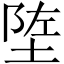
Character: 𬯄